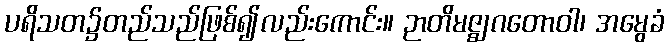
ပရိသတ၌တည်သည်ဖြစ်၍လည်းကောင်း။ ဉာတိမဇ္ဈဂတောဝါ၊ အမွေခံ